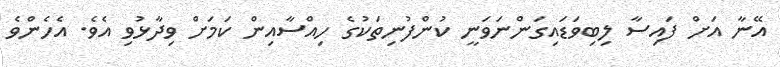
އޭނާ އަށް ފައިސާ ލިބިވަޑައިގަންނަވަނީ ކުންފުނިތަކުގެ ހިއްސާއިން ކަމަށް ވިދާޅުވި އެވެ. އެހެންވެ